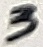
Text: 3